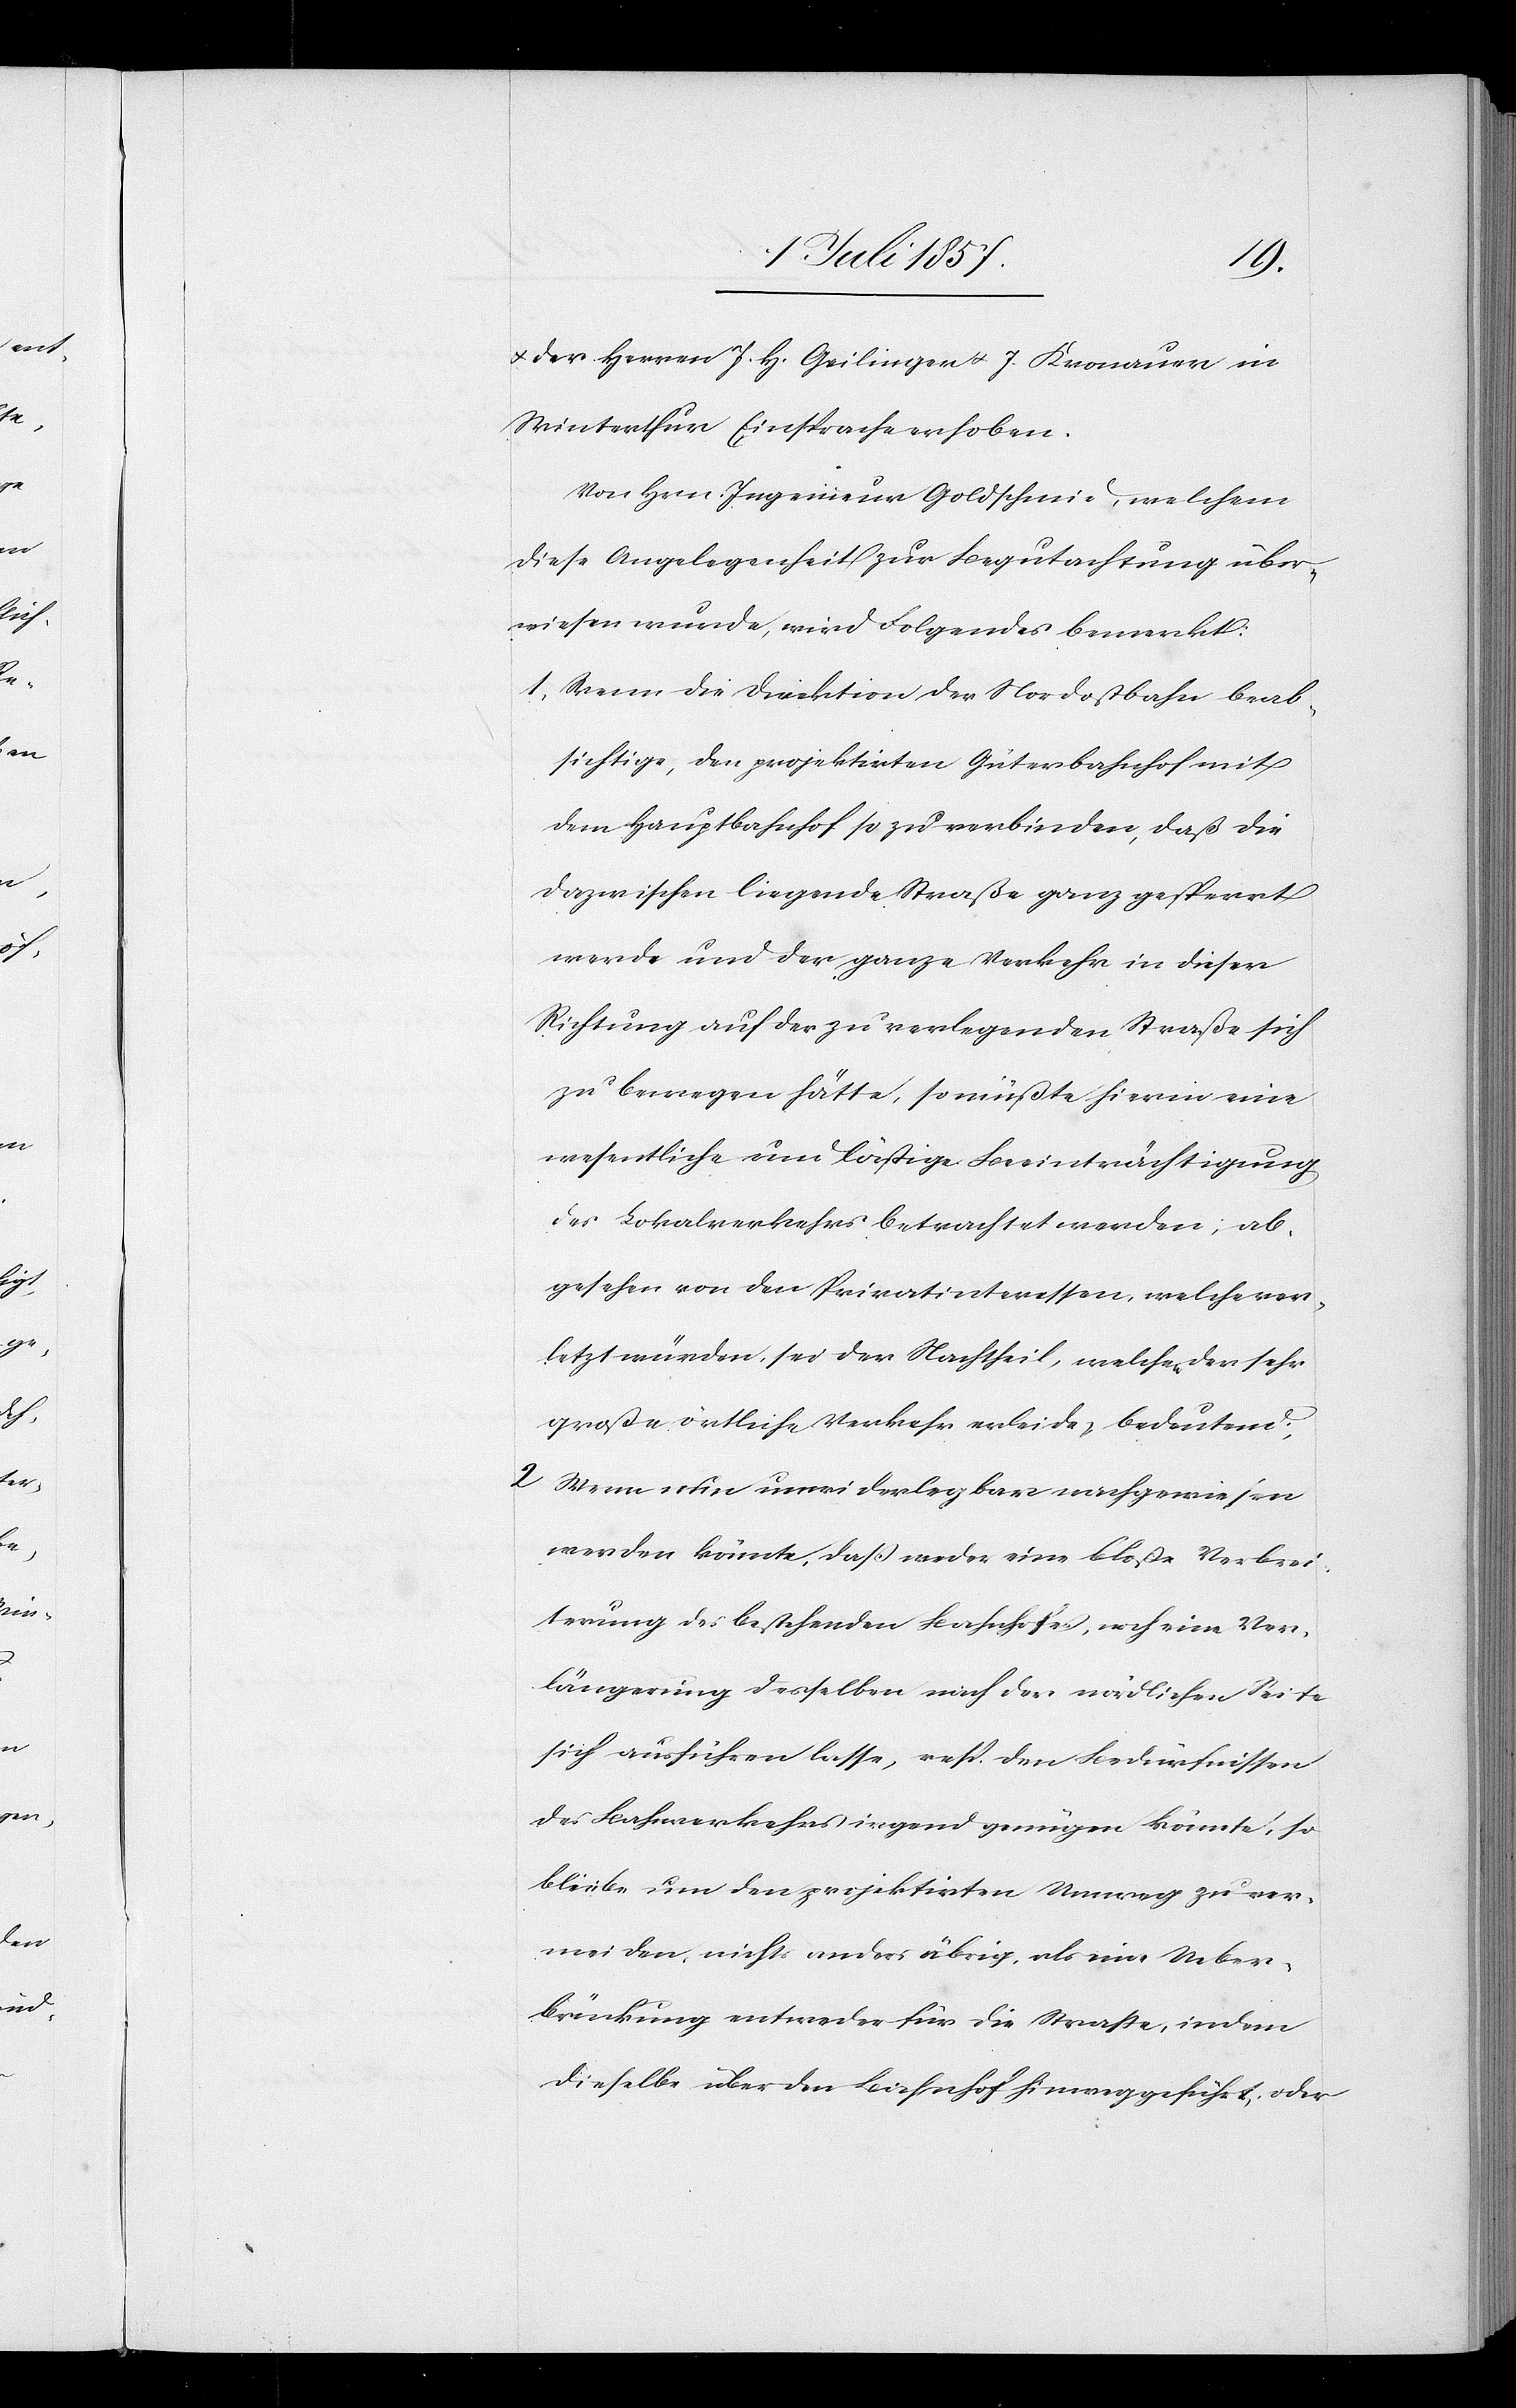
& Herren J. H. Geilinger & J. Knonauer in
Winterthur Einsprache erhoben.
Von Hrn. Ingenieur Goldschmid, welchem
diese Angelegenheit zur Begutachtung über¬
wiesen wurde, wird Folgendes bemerkt:
1. Wenn die Direktion der Nordostbahn beab¬
sichtige, den projektirten Güterbahnhof so
dazwischen liegende Straße ganz gesperrt
werde und der ganze Verkehr in dieser
Richtung auf der zu verlegenden Straße sich
zu bewegen hätte, so müßte hierin eine
wesentliche und lästige Beeinträchtigung
des Lokalverkehrs betrachtet werden, ab¬
gesehen von den Privatinteressen, welche ver¬
letzt würden, sei der Nachtheil, welchen der sehr
große örtliche Verkehr erleide, bedeutend.
2. Wenn nun unwiderlegbar nachgewiesen
werden könnte, daß weder eine bloße Verbrei¬
terung des bestehenden Bahnhofes, noch eine Ver¬
längerung desselben nach der nördlichen Seite
sich ausführen lasse, resp. den Bedürfnissen
des Bahnverkehres irgend genügen könnte, so
bliebe um den projektirten Umweg zu ver¬
meiden, nichts anders übrig, als eine Ueber¬
brückung entweder für die Straße, indem
dieselbe über den Bahnhof hinweggeführt, oder